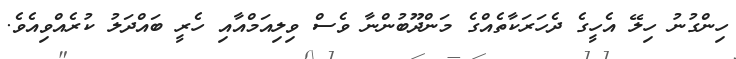
ހިންގުނު ހިލޭ އެހީގެ ދެހަރަކާތެއްގެ މަންދޫބުންނާ ވެސް ވިލިއަމްއާއި ހެރީ ބައްދަލު ކުރެއްވިއެވެ.